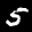
Label: 5